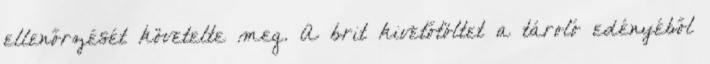
ellenőrzését követelte meg. A brit kivetőtöltet a tároló edényéből